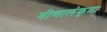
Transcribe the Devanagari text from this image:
वीणालंकृता